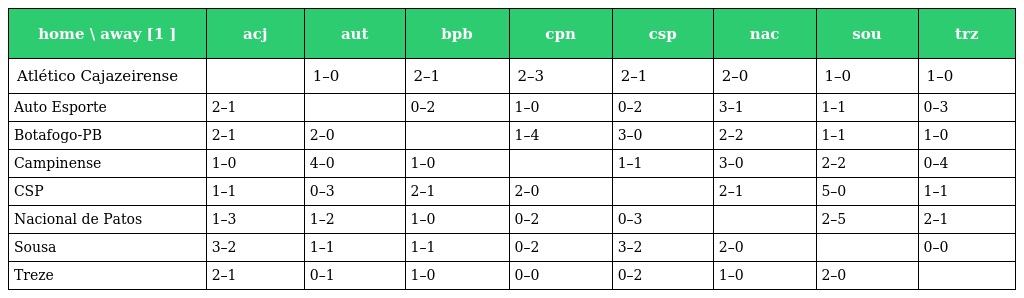
| home \ away [1 ] | acj | aut | bpb | cpn | csp | nac | sou | trz |
 | --- | --- | --- | --- | --- | --- | --- | --- | --- |
 | Atlético Cajazeirense |  | 1–0 | 2–1 | 2–3 | 2–1 | 2–0 | 1–0 | 1–0 |
 | Auto Esporte | 2–1 |  | 0–2 | 1–0 | 0–2 | 3–1 | 1–1 | 0–3 |
 | Botafogo-PB | 2–1 | 2–0 |  | 1–4 | 3–0 | 2–2 | 1–1 | 1–0 |
 | Campinense | 1–0 | 4–0 | 1–0 |  | 1–1 | 3–0 | 2–2 | 0–4 |
 | CSP | 1–1 | 0–3 | 2–1 | 2–0 |  | 2–1 | 5–0 | 1–1 |
 | Nacional de Patos | 1–3 | 1–2 | 1–0 | 0–2 | 0–3 |  | 2–5 | 2–1 |
 | Sousa | 3–2 | 1–1 | 1–1 | 0–2 | 3–2 | 2–0 |  | 0–0 |
 | Treze | 2–1 | 0–1 | 1–0 | 0–0 | 0–2 | 1–0 | 2–0 |  |